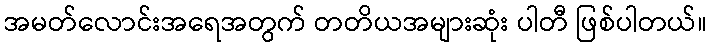
အမတ်လောင်းအရေအတွက် တတိယအများဆုံး ပါတီ ဖြစ်ပါတယ်။